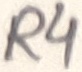
Text: R4